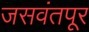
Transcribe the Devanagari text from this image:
जसवंतपूर